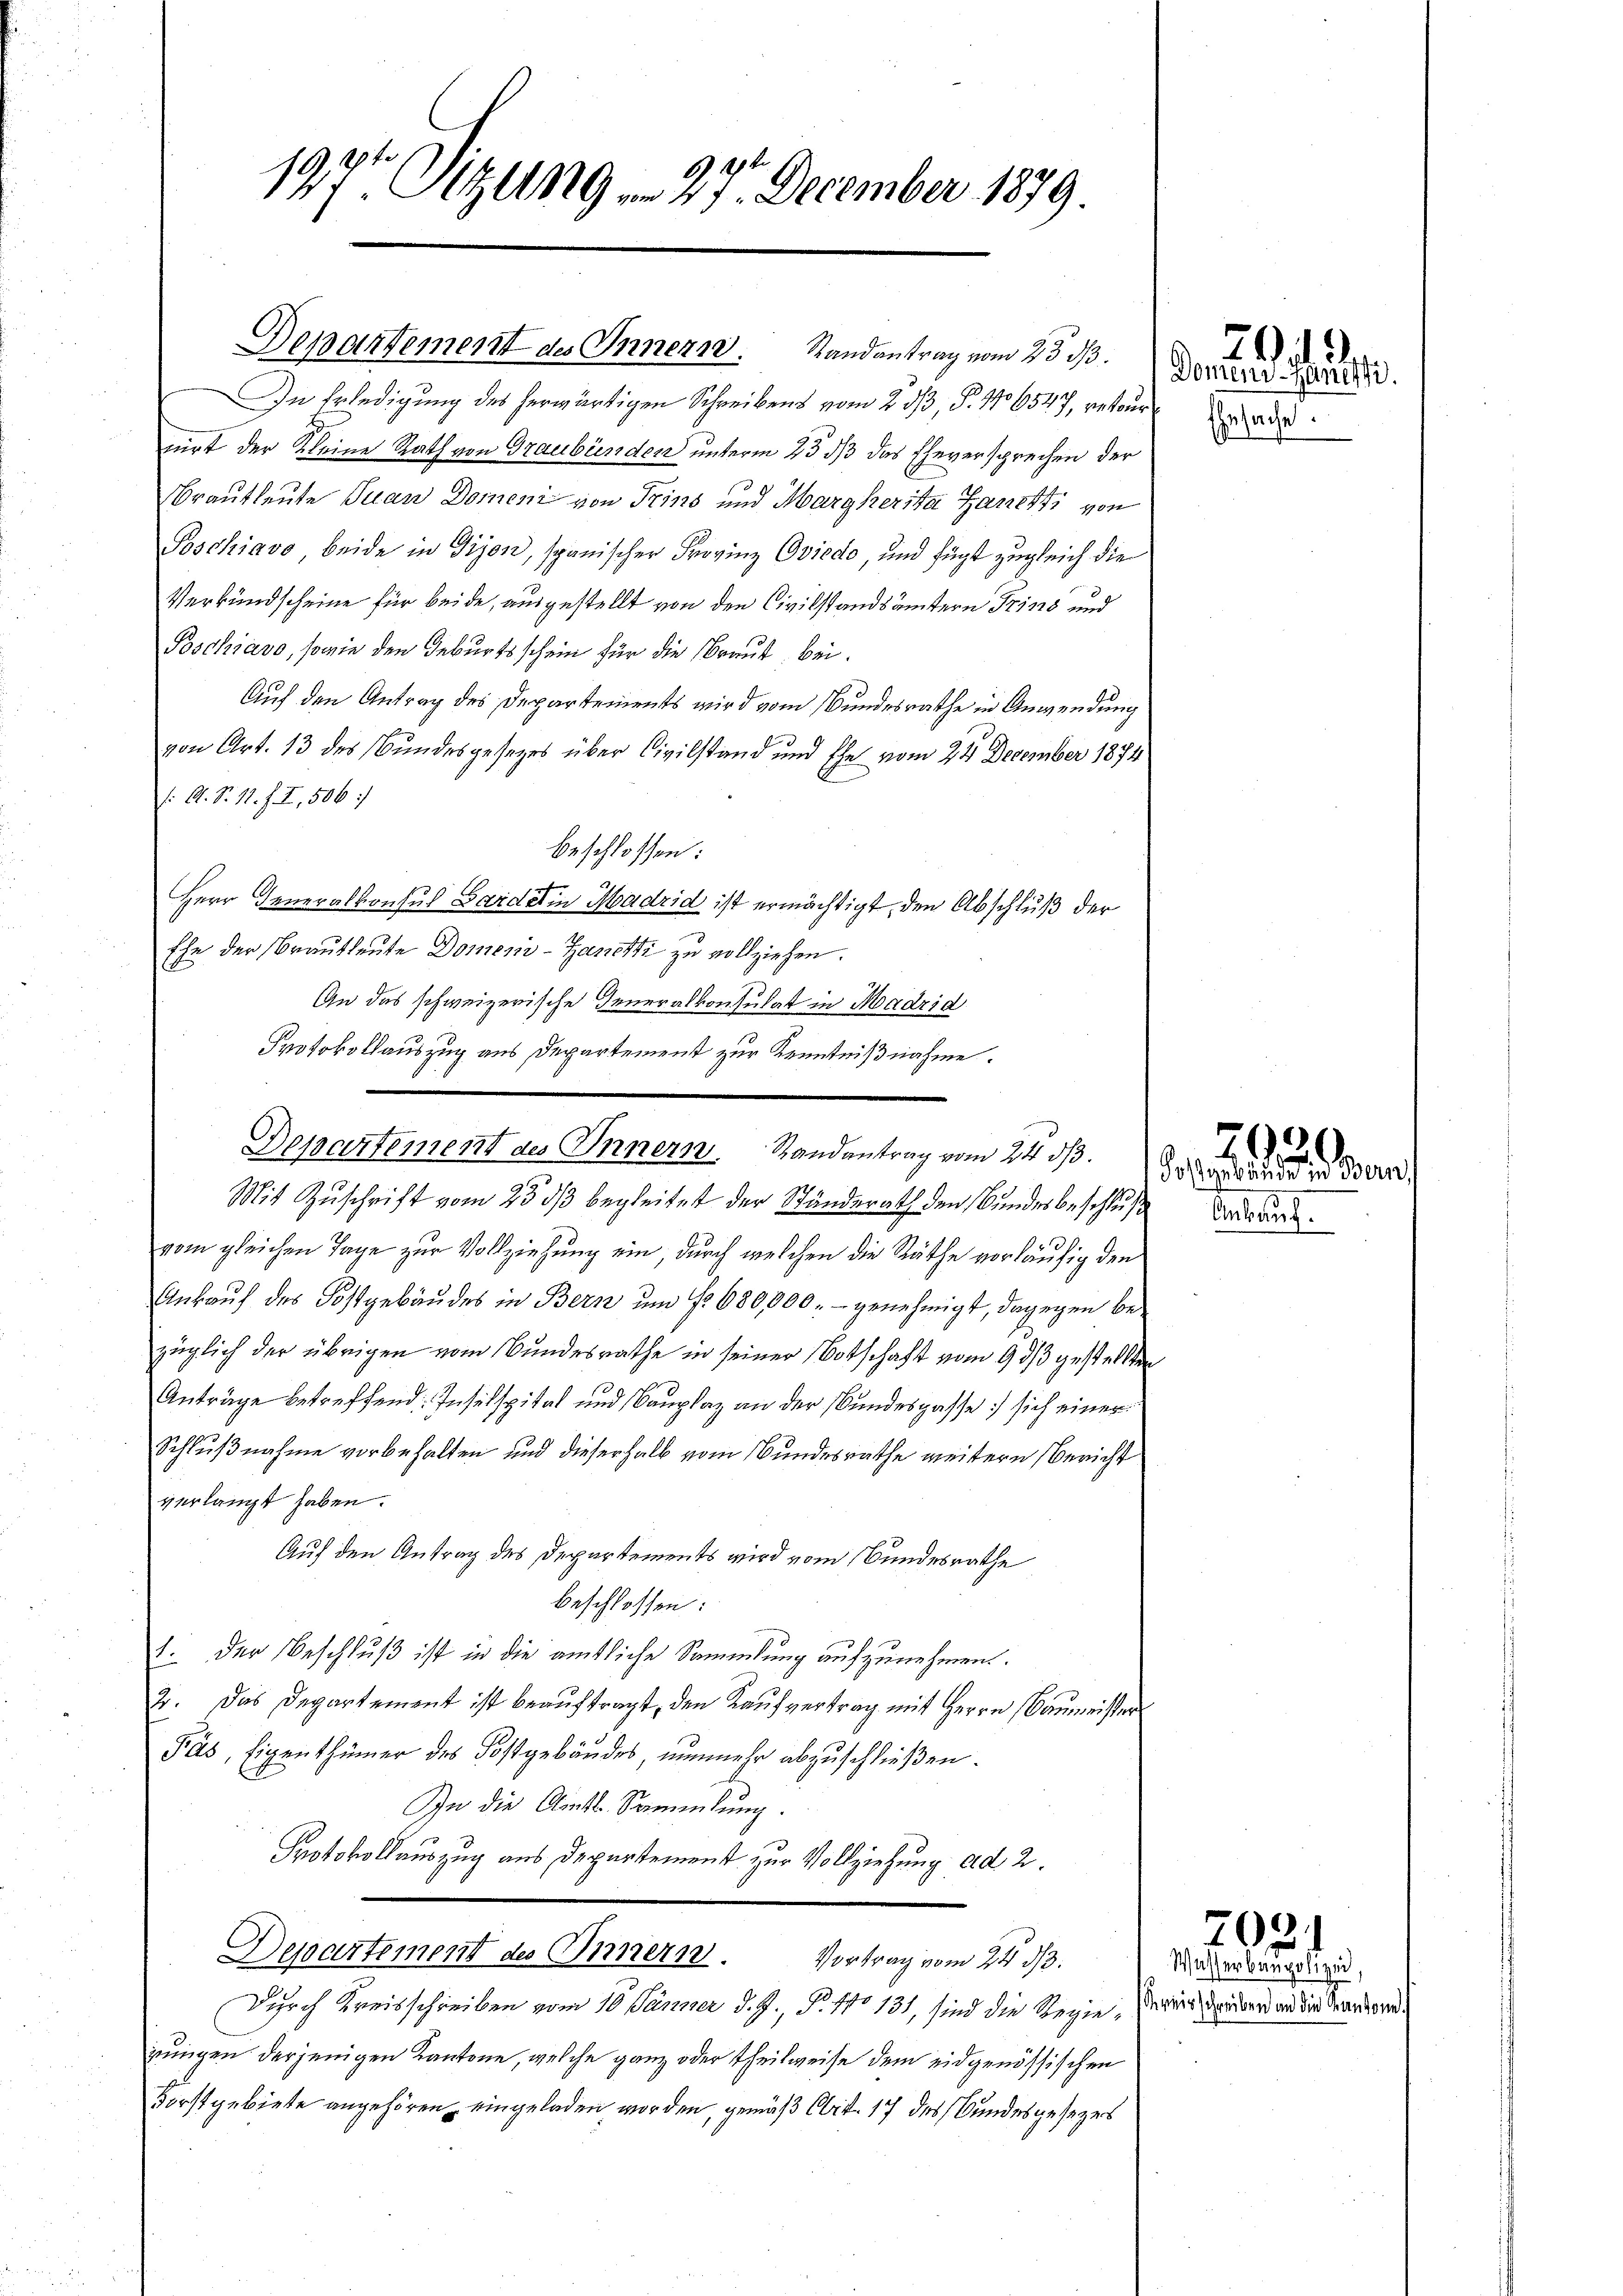
1492
19,7 Sitzung am 25. December 1879.

Departement des Innern. Randantrag vom 23. ds.

In Erledigung des herwärtigen Schreibens vom 2. dß, P. No 6547, retour
pirt der Kleine Rath von Graubünden unterm 25 dß das Eheversprechen der
Brautleute Juan Domeni von Trins und Margherita Ganz fi von
Poschiavo, beide in Tijon, spanischer Frovinz Oviedo, und fügt zugleich die
Verkundscheine für beide, ausgestellt von den Civilstandsämtern Trins und
Poschiavo, sowie den Geburtsschein für die Braut, bei.
Auf den Antrag des Departements wird vom Bundesrathe in Anwendung
von Art. 13 des Bundesgesetzes über Civilstand und Ehe vom 24. December 1874
/. A. S. 11. J. I, 506.
beschlossen:
Herr Generalkonsul Sardin Madrid ist ermächtigt, den Abschluß der
Ehe der Brautleute Domenie-Zanetti zu vollziehen.
An das schweizerische Generalkonsulat in Madrid
Protokollauszug aus Departement zur Kenntnißnahme.
Mit Zuschrift vom 23. ds begleitet der Ständerath den Bundesbeschluß der
vom gleichen Tage zur Vollziehung ein, durch welchen die Räthe vorläufig den
Ankauf des Kostgebäudes in Bern um fr. 680,000.- genehmigt, dagegen bezüglich der übrigen vom Bundesrathe in seiner Botschaft vom 9. ds gestellten
Anträge betreffend Inselspital und Bauplaz an der Bundespasse sich einer
Schlußnahme vorbehalten und dieserhalb vom Bundesrathe weitern Bericht
verlangt haben.
Auf den Antrag des Departements wird vom Bundesrathe
beschlossen:
1. Der Beschluß ist in die amtliche Sammlung aufzunehmen.
2. Das Departement ist beaŭftragt, den Kaŭfvertrag mit Herrn Baumeister
Päs, Eigenthümer des Kostgebäudes, nunmehr abzuschließen.
In die Amtl. Sammlung.
Protokollauszug aus Departement zur Vollziehung ad 2.
Departement des Innern. Vortrag vom 24. d.
Durch Kreisschreiben vom 10. Jänner d. J., P. No 131, sind die Regie, wie der der an die Handerzungen derjenigen Kantone, welche ganz oder theilweise dem eidgenössischen
Forstgebiete angehören, eingeladen worden, gemäß Art. 17 des Bundesgesezes

Departement des Innern. Randantrag vom 24. dβ.

Ehrsache.

2
Domen-Hanehti.

2920.
Fotgebäude in Bern

7021
Wasserbaupolizei,